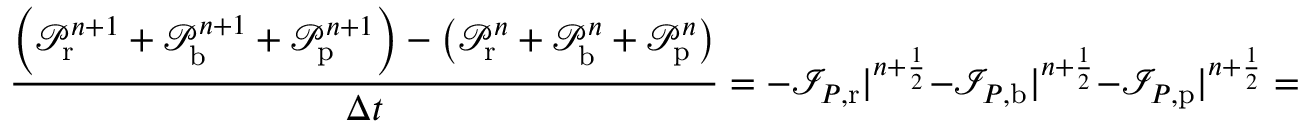
\frac { \left( \mathcal P _ { \mathrm { r } } ^ { n + 1 } + \mathcal P _ { \mathrm { b } } ^ { n + 1 } + \mathcal P _ { \mathrm { p } } ^ { n + 1 } \right) - \left( \mathcal P _ { \mathrm { r } } ^ { n } + \mathcal P _ { \mathrm { b } } ^ { n } + \mathcal P _ { \mathrm { p } } ^ { n } \right) } { \Delta t } = - \mathcal I _ { P , \mathrm { r } } | ^ { n + \frac 1 2 } - \mathcal I _ { P , \mathrm { b } } | ^ { n + \frac 1 2 } - \mathcal I _ { P , \mathrm { p } } | ^ { n + \frac 1 2 } = 0